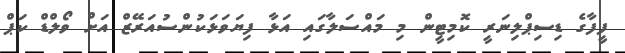
ފީފާގެ ޑިސިޕްލިނަރީ ކޮމިޓީން މި މައްސަލާގައި އަޅާ ފިޔަވަޅަކުންސުއަރޭޒް އަށް ވޯލްޑް ކަޕް